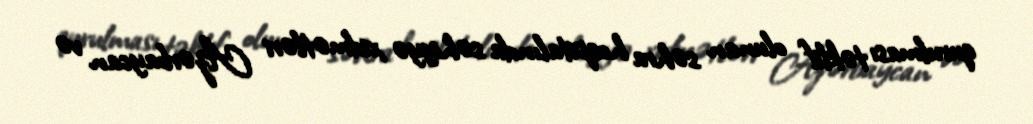
qurulması təklif olunan səhra hospitalında səhiyyə xidmətləri Azərbaycan və